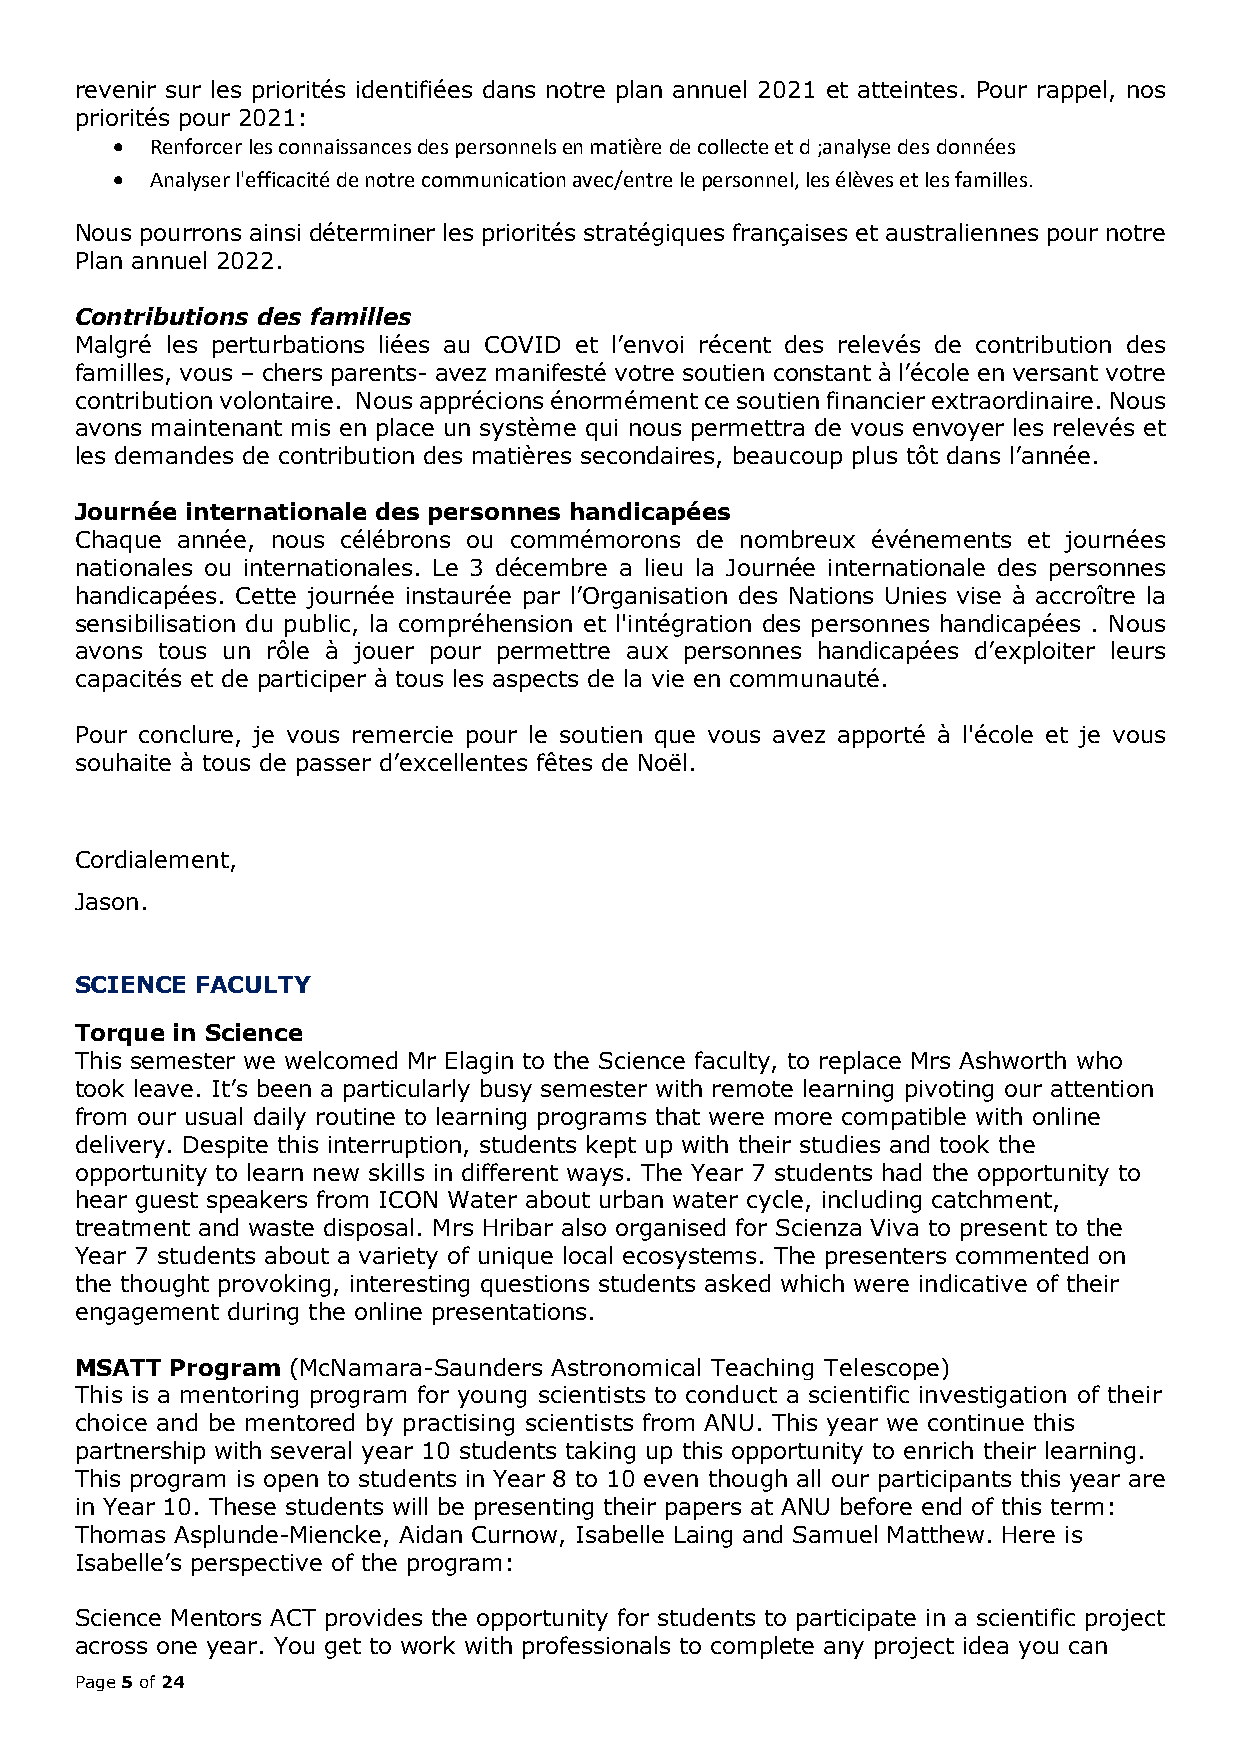
revenir sur les priorités identifiées dans notre plan annuel 2021 et atteintes. Pour rappel, nos
 priorités pour 2021:
 •  Renforcer les connaissances des personnels en matière de collecte et d ;analyse des données
 •  Analyser l'efficacité de notre communication avec/entre le personnel, les élèves et les familles.
 Nous pourrons ainsi déterminer les priorités stratégiques françaises et australiennes pour notre
 Plan annuel 2022.
 Contributions des familles
 Malgré les perturbations liées au COVID et l’envoi récent des relevés de contribution des
 familles, vous – chers parents- avez manifesté votre soutien constant à l’école en versant votre
 contribution volontaire. Nous apprécions énormément ce soutien financier extraordinaire. Nous
 avons maintenant mis en place un système qui nous permettra de vous envoyer les relevés et
 les demandes de contribution des matières secondaires, beaucoup plus tôt dans l’année.
 Journée internationale des personnes handicapées
 Chaque année, nous célébrons ou commémorons de nombreux événements et journées
 nationales ou internationales. Le 3 décembre a lieu la Journée internationale des personnes
 handicapées. Cette journée instaurée par l’Organisation des Nations Unies vise à accroître la
 sensibilisation du public, la compréhension et l'intégration des personnes handicapées . Nous
 avons tous un rôle à jouer pour permettre aux personnes handicapées d’exploiter leurs
 capacités et de participer à tous les aspects de la vie en communauté.
 Pour conclure, je vous remercie pour le soutien que vous avez apporté à l'école et je vous
 souhaite à tous de passer d’excellentes fêtes de Noël.
 Cordialement,
 Jason.
 SCIENCE FACULTY
 Torque in Science
 This semester we welcomed Mr Elagin to the Science faculty, to replace Mrs Ashworth who
 took leave. It’s been a particularly busy semester with remote learning pivoting our attention
 from our usual daily routine to learning programs that were more compatible with online
 delivery. Despite this interruption, students kept up with their studies and took the
 opportunity to learn new skills in different ways. The Year 7 students had the opportunity to
 hear guest speakers from ICON Water about urban water cycle, including catchment,
 treatment and waste disposal. Mrs Hribar also organised for Scienza Viva to present to the
 Year 7 students about a variety of unique local ecosystems. The presenters commented on
 the thought provoking, interesting questions students asked which were indicative of their
 engagement during the online presentations.
 MSATT Program (McNamara-Saunders Astronomical Teaching Telescope)
 This is a mentoring program for young scientists to conduct a scientific investigation of their
 choice and be mentored by practising scientists from ANU. This year we continue this
 partnership with several year 10 students taking up this opportunity to enrich their learning.
 This program is open to students in Year 8 to 10 even though all our participants this year are
 in Year 10. These students will be presenting their papers at ANU before end of this term:
 Thomas Asplunde-Miencke, Aidan Curnow, Isabelle Laing and Samuel Matthew. Here is
 Isabelle’s perspective of the program:
 Science Mentors ACT provides the opportunity for students to participate in a scientific project
 across one year. You get to work with professionals to complete any project idea you can
 Page 5 of 24